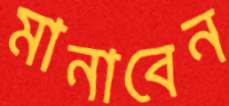
মানাবেন